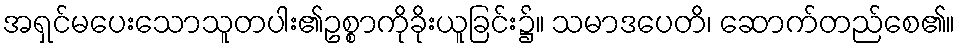
အရှင်မပေးသောသူတပါး၏ဥစ္စာကိုခိုးယူခြင်း၌။ သမာဒပေတိ၊ ဆောက်တည်စေ၏။